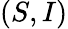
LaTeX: (S,I)